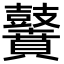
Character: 𪔵